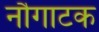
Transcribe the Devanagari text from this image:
नौगाटक